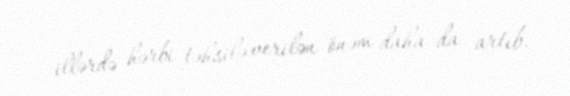
illərdə hərbi təhsilə verilən önəm daha da artıb.